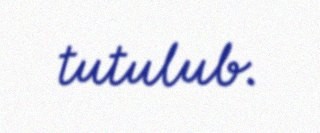
tutulub.